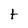
Character: t